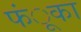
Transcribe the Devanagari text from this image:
फंूका